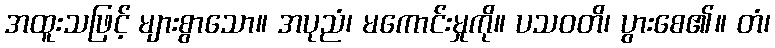
အထူးသဖြင့် များစွာသော။ အပုညံ၊ မကောင်းမှုကို။ ပသဝတိ၊ ပွားစေ၏။ တံ၊